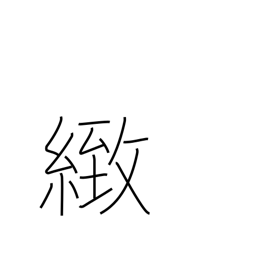
Meaning: fine (i.e. not coarse)